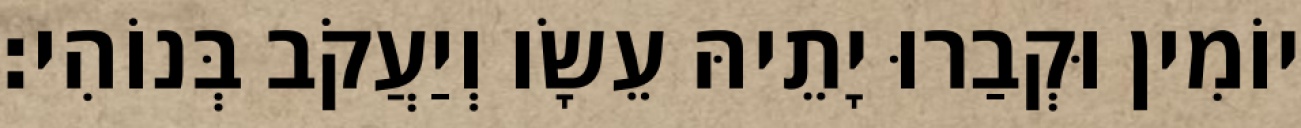
יוֹמִין וּקְבַרוּ יָתֵיהּ עֵשָׂו וְיַעֲקֹב בְּנוֹהִי׃